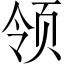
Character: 领